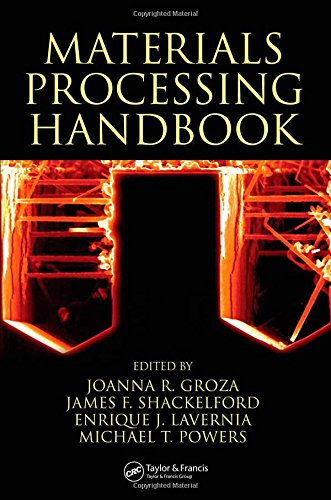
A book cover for Materials Processing Handbook; Science & Math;